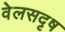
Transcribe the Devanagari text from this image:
वेलसदृष